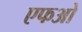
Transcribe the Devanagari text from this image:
एफओ